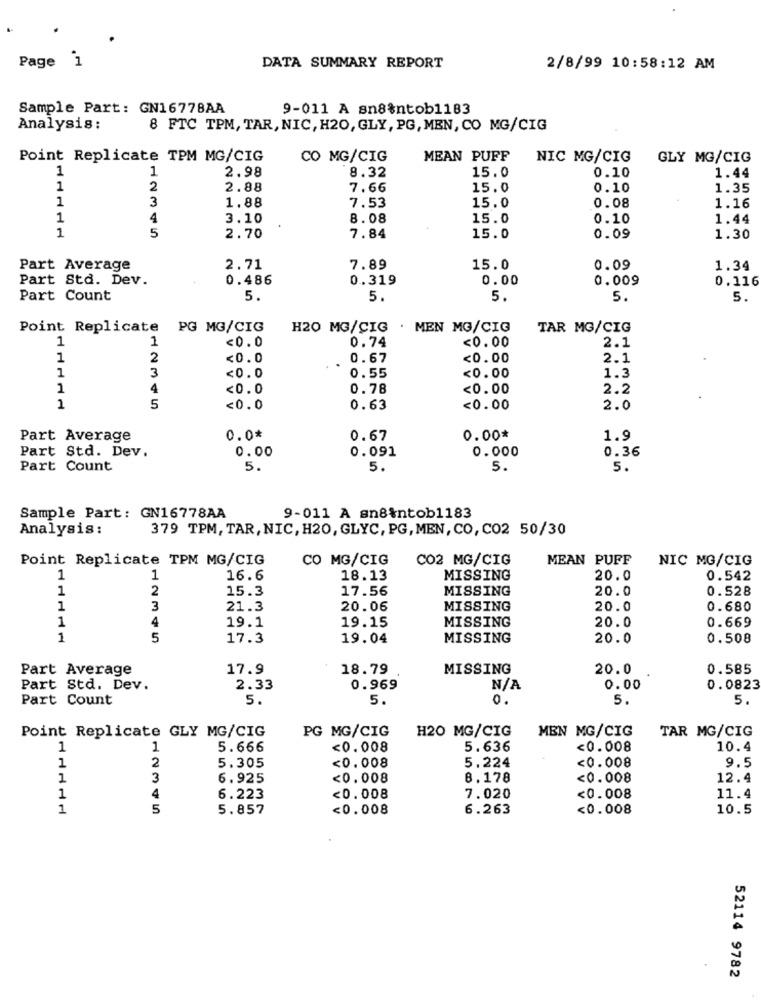
Page 1
DATA SUMMARY REPORT
2/8/99 10:58:12 AM
Sample Part: GN16778AA
9-011 A sn8%ntob1183
Analysis :
8 FTC TPM, TAR, NIC, H20, GLY, PG, MEN, CO MG/CIG
Point Replicate TPM MG/CIG
CO MG/CIG
MEAN PUFF
NIC MG/CIG
GLY MG/CIG
1
1
2.98
8.32
15.0
0.10
1.44
1
2
2.88
7.66
15.0
0.10
1.35
1
3
1.88
7.53
15.0
0.08
1.16
1
4
3.10
8.08
15.0
0.10
1.44
1
5
2.70
7.84
15.0
0.09
1.30
Part Average
2.71
7.89
15.0
0.09
1.34
Part Std. Dev.
0.486
0.319
0.00
0.009
0.116
Part Count
5.
5.
5.
5.
5.
Point Replicate
PG MG/CIG
H20 MG/CIG . MEN MG/CIG
TAR MG/CIG
1
1
<0.0
0.74
<0.00
2.1
1
2
<0.0
0.67
<0.00
2.1
1
3
<0.0
<0.00
1.3
0.55
1
4
<0.0
0.78
<0.00
2.2
1
5
<0.0
0.63
<0.00
2.0
Part Average
0.0*
0.67
0.00*
1.9
Part Std. Dev.
0.00
0.091
0.000
0.36
Part Count
5.
5.
5.
5.
Sample Part: GN16778AA
9-011 A sn8%ntob1183
Analysis:
379 TPM, TAR, NIC, H20, GLYC, PG, MEN, CO, CO2 50/30
Point Replicate TPM MG/CIG
CO MG/CIG
CO2 MG/CIG
MEAN PUFF
NIC MG/CIG
1
1
16.6
18.13
MISSING
20.0
0.542
1
2
15.3
17.56
MISSING
20.0
0.528
1
3
21.3
20.06
MISSING
20.0
0.680
1
4
19.1
19.15
MISSING
20.0
0.669
1
5
17.3
19.04
MISSING
20.0
0.508
Part Average
17.9
18.79
MISSING
20.0
0.585
Part Std. Dev.
2.33
0.969
0.00
0.0823
Part Count
5.
5.
0.
5.
5.
Point Replicate GLY MG/CIG
PG MG/CIG
H20 MG/CIG
MEN MG/CIG
TAR MG/CIG
1
1
5.666
<0.008
5.636
<0.008
10.4
5.224
<0.008
9.5
1
2
5.305
<0.008
1
3
6.925
<0.008
8.178
<0.008
12.4
1
4
6.223
<0.008
7.020
<0.008
11.4
1
5
5.857
<0.008
6.263
<0.008
10.5
52114 9782